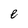
Character: e